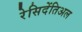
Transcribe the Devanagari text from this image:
रेसिदेंतिअल